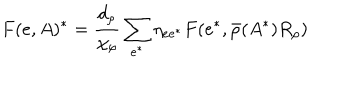
F ( e , A ) ^ { * } = \frac { d _ { \rho } } { \chi _ { \rho } } \sum _ { e ^ { * } } \eta _ { e e ^ { * } } F ( e ^ { * } , \bar { \rho } ( A ^ { * } ) R _ { \rho } )